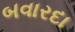
બવારદા